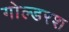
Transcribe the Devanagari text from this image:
गोल्डरश